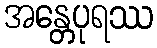
အန္တေပုရဿ